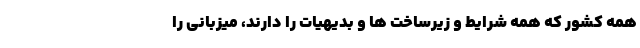
همه کشور که همه شرایط و زیرساخت ها و بدیهیات را دارند، میزبانی را